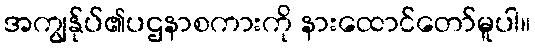
အကျွန်ုပ်၏ပဌနာစကားကို နားထောင်တော်မူပါ။